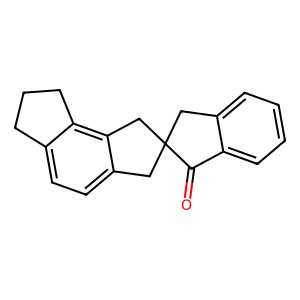
SMILES: O=C1c2ccccc2CC12Cc1ccc3c(c1C2)CCC3
Inhibits HIV replication: No